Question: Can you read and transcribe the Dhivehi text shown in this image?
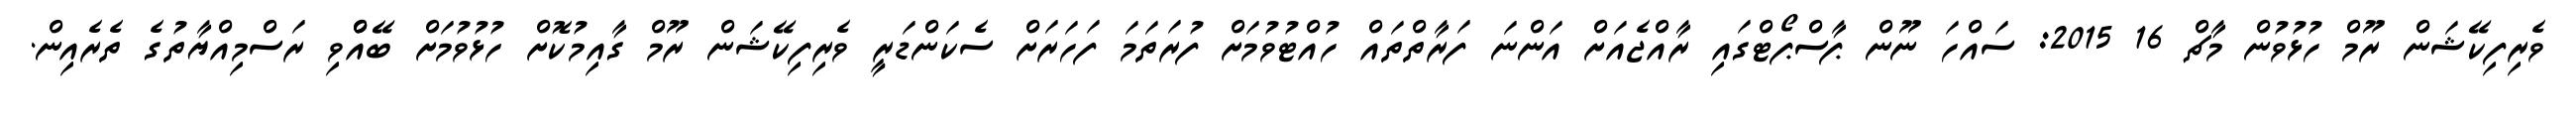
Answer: ވެރިފިކޭޝަން ރޫމް ހުޅުވުން މާޗް 16 2015: ސައްހަ ނޫން ޕާސްޕޯޓްގައި ރާއްޖެއަށް އަންނަ ފަރާތްތައް ހުއްޓުވުމަށް ފުރަތަމަ ފަހަރަށް ސެކަންޑަރީ ވެރިފިކޭޝަން ރޫމް ގާއިމުކޮށް ހުޅުވުމަށް ބޭއްްވި ރަސްމިއްޔާތުގެ ތެރެއިން.